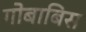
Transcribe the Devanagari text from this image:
गोबाबिस